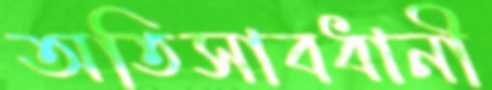
অতিসাবধানী